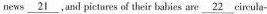
news \underline { 2 1 },and pictures of their babies are \underline { 2 2 } circula-